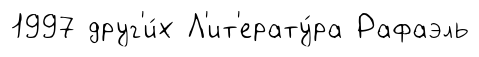
1997 друг'и́х Л'ит'ерату́ра Рафаэль